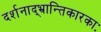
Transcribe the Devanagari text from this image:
दर्शनाद्भ्रान्तिकारकाः